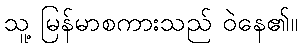
သူ့ မြန်မာစကားသည် ဝဲနေ၏။